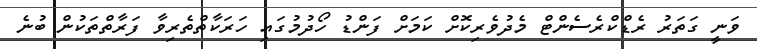
ވަނީ ގަތަރު ރެޑްކްރެސެންޓް މެދުވެރިކޮށް ކަމަށް ފަންޑު ހޯދުމުގައި ހަރަކާތްތެރިވާ ފަރާތްތަކުން ބުނެ